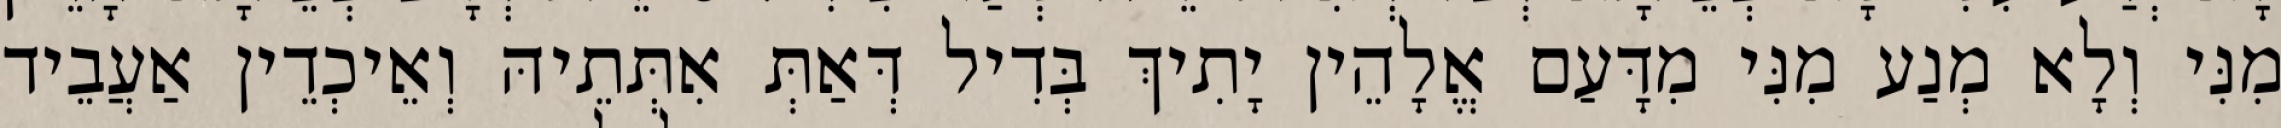
מִנִּי וְלָא מְנַע מִנִּי מִדָּעַם אֱלָהֵין יָתִיךְ בְּדִיל דְּאַתְּ אִתְּתֵיהּ וְאֵיכְדֵין אַעֲבֵיד